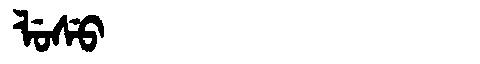
Manchu: ᠯᡠᠰᡠ
Romanization: LUSU